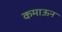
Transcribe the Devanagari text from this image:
कमाऊन